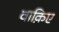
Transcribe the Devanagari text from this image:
वाक़िए